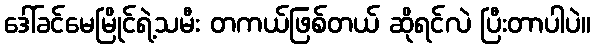
ဒေါ်ခင်မေမြိုင်ရဲ့သမီး တကယ်ဖြစ်တယ် ဆိုရင်လဲ ပြီးတာပါပဲ။